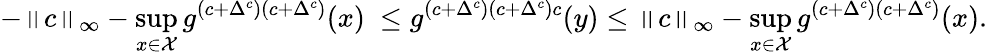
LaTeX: -\left\| c\right\| _{\infty}-\operatorname*{sup}_{x\in\mathcal{X}}g^{(c+\Delta^{c})(c+\Delta^{c})}(x)\ \leq g^{(c+\Delta^{c})(c+\Delta^{c})c}(y)\leq\left\| c\right\| _{\infty}-\operatorname*{sup}_{x\in\mathcal{X}}g^{(c+\Delta^{c})(c+\Delta^{c})}(x).